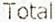
TOTAL